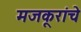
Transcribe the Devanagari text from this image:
मजकूरांचे